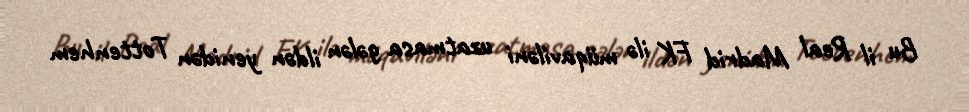
Bu il Real Madrid FK ilə müqaviləni uzatmasa gələn ildən yenidən Tottenhem